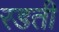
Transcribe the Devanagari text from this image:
रडती